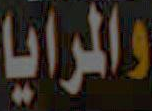
والمرايا